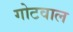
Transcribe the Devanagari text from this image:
गोटवाल